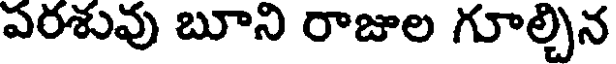
ఎరశువు బూని రాజుల గూల్చిన